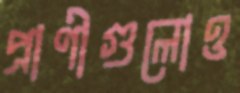
প্রাণীগুলোও